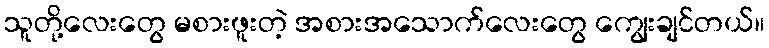
သူတို့လေးတွေ မစားဖူးတဲ့ အစားအသောက်လေးတွေ ကျွေးချင်တယ်။